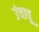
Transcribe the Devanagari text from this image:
उंचावू